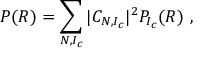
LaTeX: P ( R ) = \sum _ { N , I _ { c } } | C _ { N , I _ { c } } | ^ { 2 } P _ { I _ { c } } ( R ) \ ,